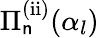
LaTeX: \Pi_{\mathsf{n}}^{\mathrm{{(ii)}}}(\alpha_{l})